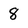
Character: 8